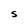
Character: S